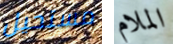
مستحيل الملام